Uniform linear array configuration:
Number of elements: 32
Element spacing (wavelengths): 0.5
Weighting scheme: hamming
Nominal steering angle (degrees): -30
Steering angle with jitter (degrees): -30.394
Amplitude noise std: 0.05
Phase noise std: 0.05

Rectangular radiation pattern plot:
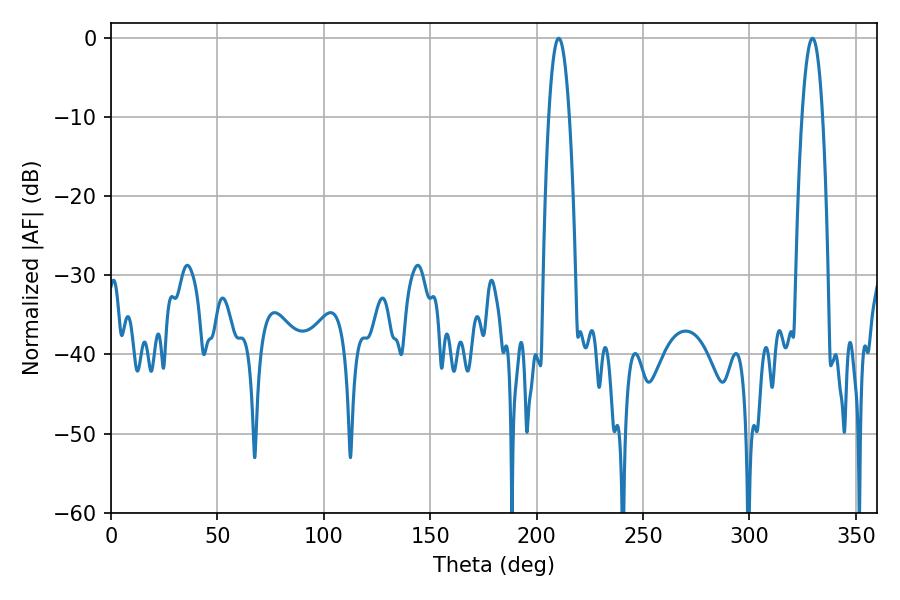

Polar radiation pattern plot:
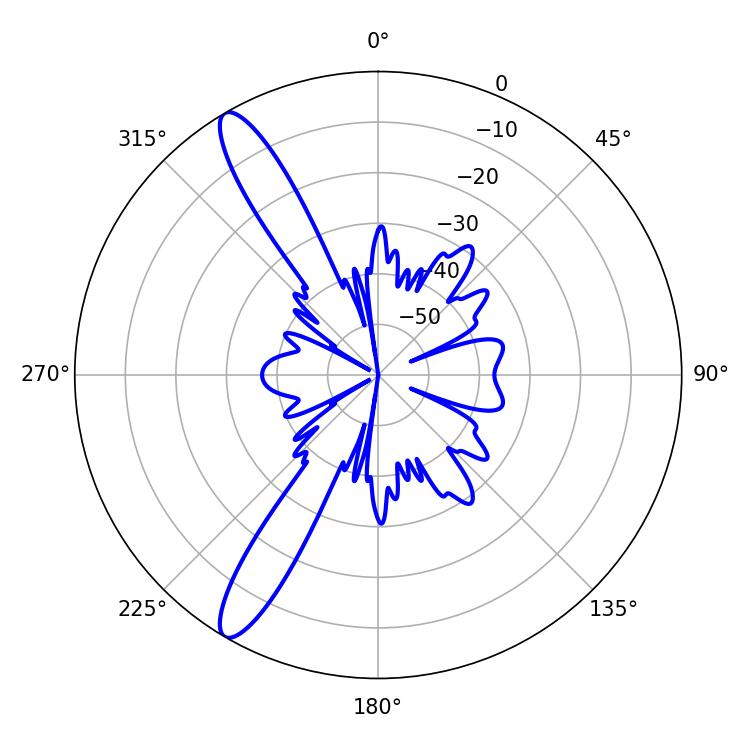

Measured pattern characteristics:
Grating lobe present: FALSE
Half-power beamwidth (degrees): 5.4
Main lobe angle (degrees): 210.42